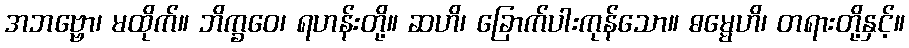
အဘဗ္ဗော၊ မထိုက်။ ဘိက္ခဝေ၊ ရဟန်းတို့။ ဆဟိ၊ ခြောက်ပါးကုန်သော။ ဓမ္မေဟိ၊ တရားတို့နှင့်။